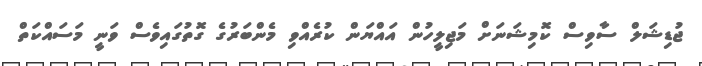
ޖުޑިޝަލް ސާވިސް ކޮމިޝަނަށް މަޖިލީހުން އައްޔަން ކުރެއްވި މެންބަރުގެ ގޮތުގައިވެސް ވަނީ މަސައްކަތް